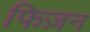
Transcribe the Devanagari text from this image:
फिज़न